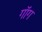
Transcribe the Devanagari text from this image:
गॉग